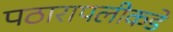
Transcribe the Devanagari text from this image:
पठारापलीकडे